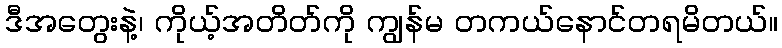
ဒီအတွေးနဲ့၊ ကိုယ့်အတိတ်ကို ကျွန်မ တကယ်နောင်တရမိတယ်။